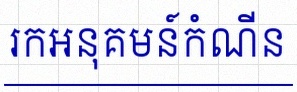
រកអនុគមន៍កំណើន